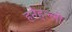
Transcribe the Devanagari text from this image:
हनेहल्ली